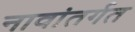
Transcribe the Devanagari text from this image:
नावांतर्गत